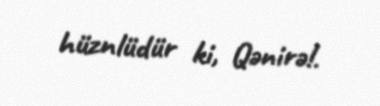
hüznlüdür ki, Qənirə!.